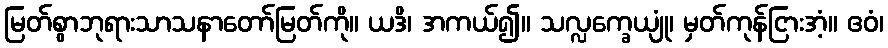
မြတ်စွာဘုရားသာသနာတော်မြတ်ကို။ ယဒိ၊ အကယ်၍။ သလ္လက္ခေယျုံ၊ မှတ်ကုန်ငြားအံ့။ ဧဝံ၊